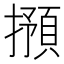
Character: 𱠽